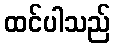
ထင်ပါသည်